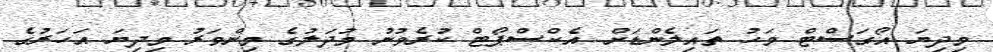
މިދިޔަ އޯގަސްޓް މަހު ތައިލެންޑަށް އެކްސްޕޯޓް ކުރެވުނު މުދަލުގެ މިންވަރު މިދިޔަ އަހަރުގެ